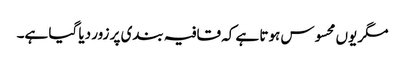
مگر یوں محسوس ہوتا ہے کہ قافیہ بندی پر زور دیا گیا ہے۔